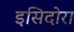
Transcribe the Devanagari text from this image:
इसिदोरा